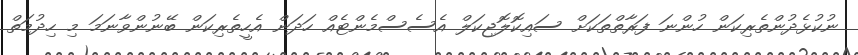
ނުކުޅެދުންތެރިކަން ހުންނަ ފަރާތްތަކަށް ސައިކޮލޮޖިކަލް އެސެސްމެންޓެއް ހަދަން އެހީތެރިކަން ބޭނުންވާނަމަ މި ހިދުމަތް